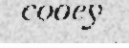
cooey